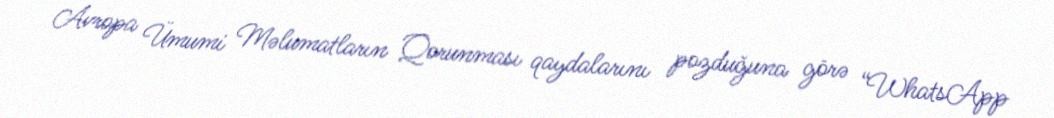
Avropa Ümumi Məlumatların Qorunması qaydalarını pozduğuna görə “WhatsApp